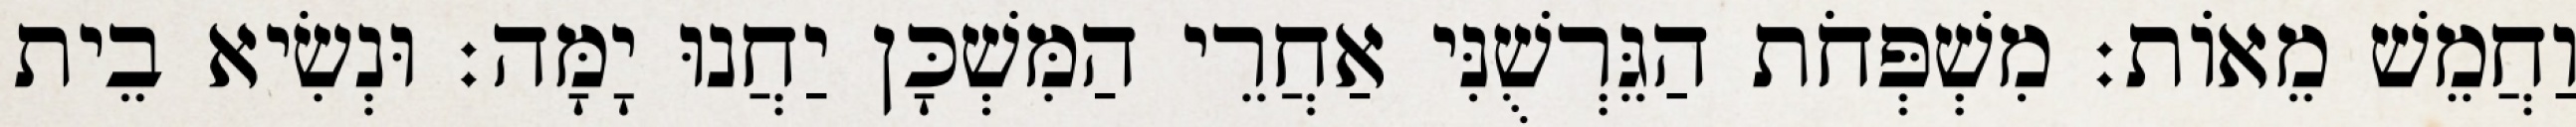
וַחֲמֵשׁ מֵאוֹת׃ מִשְׁפְּחֹת הַגֵּרְשֻׁנִּי אַחֲרֵי הַמִּשְׁכָּן יַחֲנוּ יָמָּה׃ וּנְשִׂיא בֵית